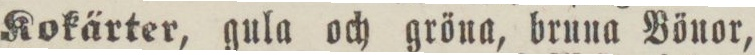
Rokärter, gula och gröna, bruna Bönor,